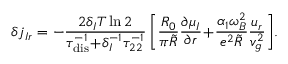
\delta j _ { I r } = - \frac { 2 \delta _ { I } T \ln 2 } { \tau _ { \mathrm { d i s } } ^ { - 1 } \! + \! \delta _ { I } ^ { - 1 } \tau _ { 2 2 } ^ { - 1 } } \left[ \frac { R _ { 0 } } { \pi \tilde { R } } \frac { \partial \mu _ { I } } { \partial r } \! + \! \frac { \alpha _ { 1 } \omega _ { B } ^ { 2 } } { e ^ { 2 } \tilde { R } } \frac { u _ { r } } { v _ { g } ^ { 2 } } \right] \! .